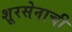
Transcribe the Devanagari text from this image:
शूरसेनाची